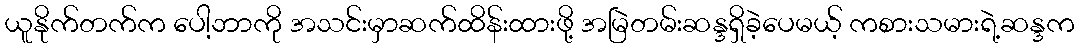
ယူနိုက်တက်က ပေါ့ဘာကို အသင်းမှာဆက်ထိန်းထားဖို့ အမြဲတမ်းဆန္ဒရှိခဲ့ပေမယ့် ကစားသမားရဲ့ဆန္ဒက